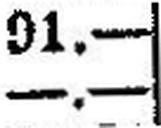
—.—